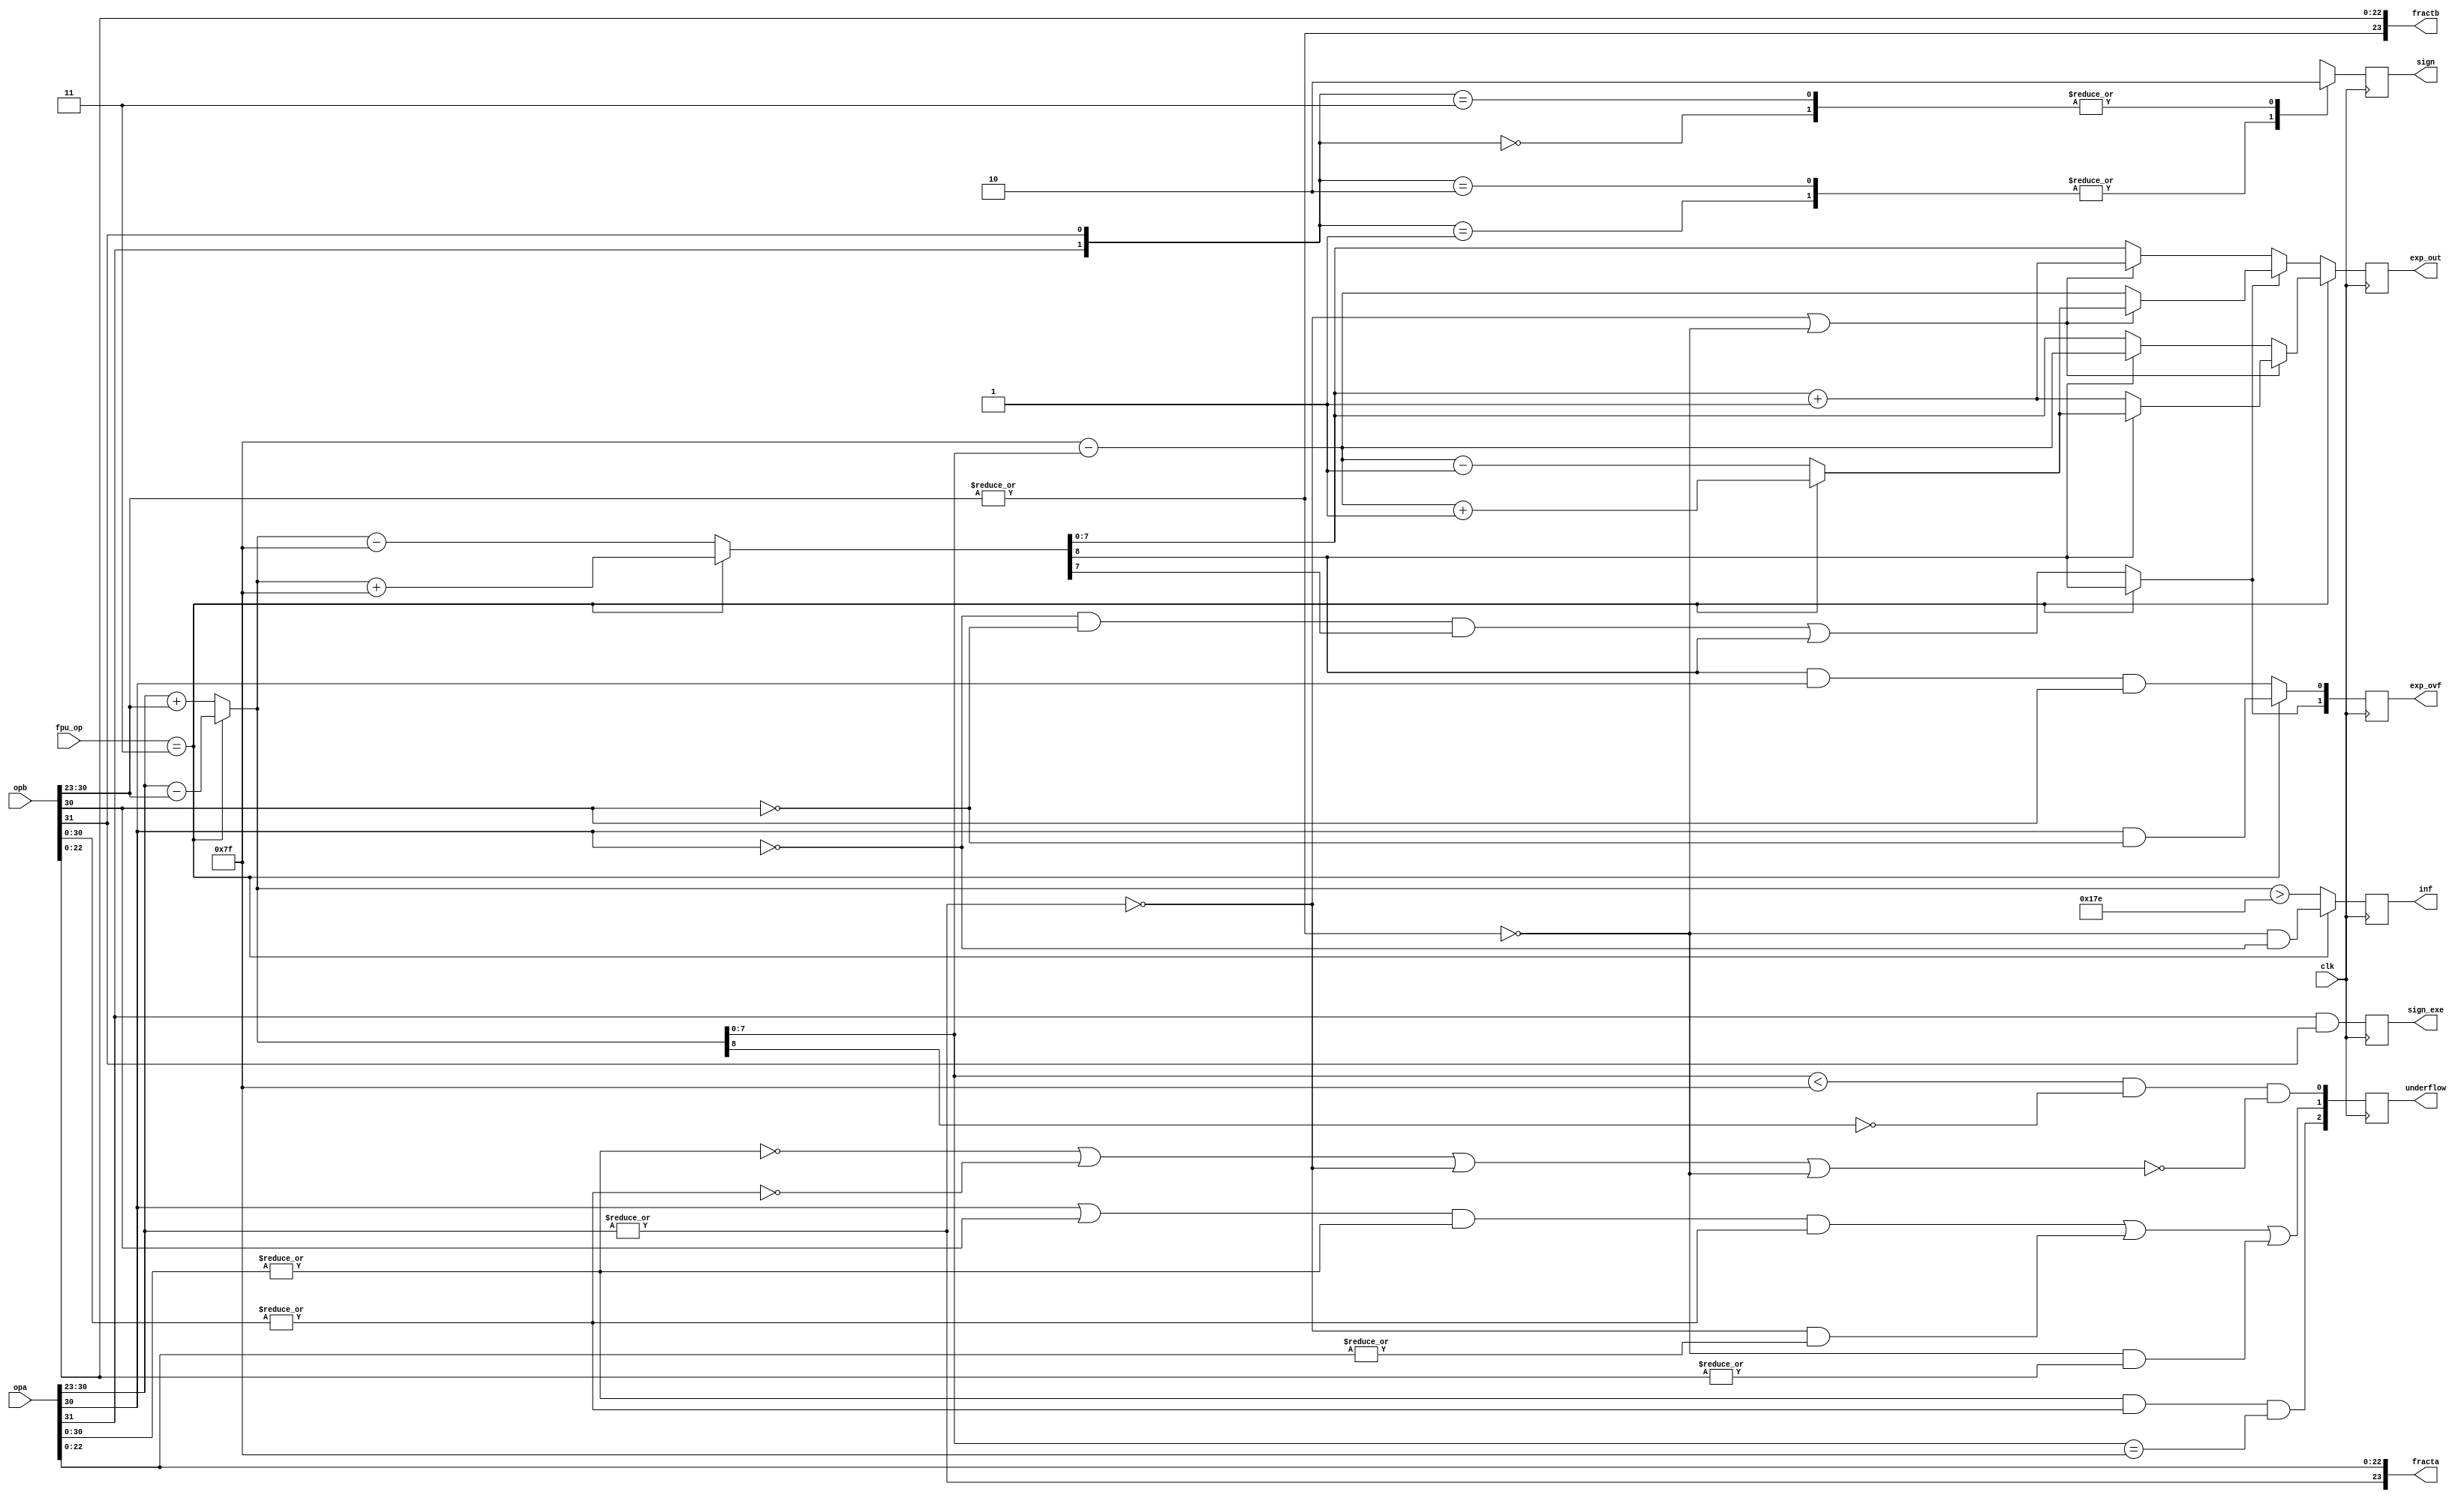
/////////////////////////////////////////////////////////////////////
////                                                             ////
////  Pre Normalize                                              ////
////  Floating Point Pre Normalization Unit for FMUL             ////
////                                                             ////
////          rudi@asics.ws                                      ////
////                                                             ////
/////////////////////////////////////////////////////////////////////
////                                                             ////
//// Copyright (C) 2000 Rudolf Usselmann                         ////
////                    rudi@asics.ws                            ////
////                                                             ////
//// This source file may be used and distributed without        ////
//// restriction provided that this copyright statement is not   ////
//// removed from the file and that any derivative work contains ////
//// the original copyright notice and the associated disclaimer.////
////                                                             ////
////     THIS SOFTWARE IS PROVIDED ``AS IS'' AND WITHOUT ANY     ////
//// EXPRESS OR IMPLIED WARRANTIES, INCLUDING, BUT NOT LIMITED   ////
//// TO, THE IMPLIED WARRANTIES OF MERCHANTABILITY AND FITNESS   ////
//// FOR A PARTICULAR PURPOSE. IN NO EVENT SHALL THE AUTHOR      ////
//// OR CONTRIBUTORS BE LIABLE FOR ANY DIRECT, INDIRECT,         ////
//// INCIDENTAL, SPECIAL, EXEMPLARY, OR CONSEQUENTIAL DAMAGES    ////
//// (INCLUDING, BUT NOT LIMITED TO, PROCUREMENT OF SUBSTITUTE   ////
//// GOODS OR SERVICES; LOSS OF USE, DATA, OR PROFITS; OR        ////
//// BUSINESS INTERRUPTION) HOWEVER CAUSED AND ON ANY THEORY OF  ////
//// LIABILITY, WHETHER IN  CONTRACT, STRICT LIABILITY, OR TORT  ////
//// (INCLUDING NEGLIGENCE OR OTHERWISE) ARISING IN ANY WAY OUT  ////
//// OF THE USE OF THIS SOFTWARE, EVEN IF ADVISED OF THE         ////
//// POSSIBILITY OF SUCH DAMAGE.                                 ////
////                                                             ////
/////////////////////////////////////////////////////////////////////

`timescale 1ns / 100ps

module pre_norm_fmul(clk, fpu_op, opa, opb, fracta, fractb, exp_out, sign,
		sign_exe, inf, exp_ovf, underflow);
input		clk;
input	[2:0]	fpu_op;
input	[31:0]	opa, opb;
output	[23:0]	fracta, fractb;
output	[7:0]	exp_out;
output		sign, sign_exe;
output		inf;
output	[1:0]	exp_ovf;
output	[2:0]	underflow;

////////////////////////////////////////////////////////////////////////
//
// Local Wires and registers
//

reg	[7:0]	exp_out;
wire		signa, signb;
reg		sign, sign_d;
reg		sign_exe;
reg		inf;
wire	[1:0]	exp_ovf_d;
reg	[1:0]	exp_ovf;
wire	[7:0]	expa, expb;
wire	[7:0]	exp_tmp1, exp_tmp2;
wire		co1, co2;
wire		expa_dn, expb_dn;
wire	[7:0]	exp_out_a;
wire		opa_00, opb_00, fracta_00, fractb_00;
wire	[7:0]	exp_tmp3, exp_tmp4, exp_tmp5;
wire	[2:0]	underflow_d;
reg	[2:0]	underflow;
wire		op_div = (fpu_op == 3'b011);
wire	[7:0]	exp_out_mul, exp_out_div;

////////////////////////////////////////////////////////////////////////
//
// Aliases
//

assign  signa = opa[31];
assign  signb = opb[31];
assign   expa = opa[30:23];
assign   expb = opb[30:23];

////////////////////////////////////////////////////////////////////////
//
// Calculate Exponenet
//

assign expa_dn   = !(|expa);
assign expb_dn   = !(|expb);
assign opa_00    = !(|opa[30:0]);
assign opb_00    = !(|opb[30:0]);
assign fracta_00 = !(|opa[22:0]);
assign fractb_00 = !(|opb[22:0]);

assign fracta = {!expa_dn,opa[22:0]};	// Recover hidden bit
assign fractb = {!expb_dn,opb[22:0]};	// Recover hidden bit

assign {co1,exp_tmp1} = op_div ? (expa - expb)            : (expa + expb);
assign {co2,exp_tmp2} = op_div ? ({co1,exp_tmp1} + 8'h7f) : ({co1,exp_tmp1} - 8'h7f);

assign exp_tmp3 = exp_tmp2 + 1;
assign exp_tmp4 = 8'h7f - exp_tmp1;
assign exp_tmp5 = op_div ? (exp_tmp4+1) : (exp_tmp4-1);


always@(posedge clk)
	exp_out <= #1 op_div ? exp_out_div : exp_out_mul;

assign exp_out_div = (expa_dn | expb_dn) ? (co2 ? exp_tmp5 : exp_tmp3 ) : co2 ? exp_tmp4 : exp_tmp2;
assign exp_out_mul = exp_ovf_d[1] ? exp_out_a : (expa_dn | expb_dn) ? exp_tmp3 : exp_tmp2;
assign exp_out_a   = (expa_dn | expb_dn) ? exp_tmp5 : exp_tmp4;
assign exp_ovf_d[0] = op_div ? (expa[7] & !expb[7]) : (co2 & expa[7] & expb[7]);
assign exp_ovf_d[1] = op_div ? co2                  : ((!expa[7] & !expb[7] & exp_tmp2[7]) | co2);

always @(posedge clk)
	exp_ovf <= #1 exp_ovf_d;

assign underflow_d[0] =	(exp_tmp1 < 8'h7f) & !co1 & !(opa_00 | opb_00 | expa_dn | expb_dn);
assign underflow_d[1] =	((expa[7] | expb[7]) & !opa_00 & !opb_00) |
			 (expa_dn & !fracta_00) | (expb_dn & !fractb_00);
assign underflow_d[2] =	 !opa_00 & !opb_00 & (exp_tmp1 == 8'h7f);

always @(posedge clk)
	underflow <= #1 underflow_d;

always @(posedge clk)
	inf <= #1 op_div ? (expb_dn & !expa[7]) : ({co1,exp_tmp1} > 9'h17e) ;


////////////////////////////////////////////////////////////////////////
//
// Determine sign for the output
//

// sign: 0=Posetive Number; 1=Negative Number
always @(signa or signb)
   case({signa, signb})		// synopsys full_case parallel_case
	2'b0_0: sign_d = 0;
	2'b0_1: sign_d = 1;
	2'b1_0: sign_d = 1;
	2'b1_1: sign_d = 0;
   endcase

always @(posedge clk)
	sign <= #1 sign_d;

always @(posedge clk)
	sign_exe <= #1 signa & signb;

endmodule